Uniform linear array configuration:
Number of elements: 16
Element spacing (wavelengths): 0.5
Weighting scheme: hann
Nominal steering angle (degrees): -15
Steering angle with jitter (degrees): -14.994
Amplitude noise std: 0.05
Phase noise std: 0.05

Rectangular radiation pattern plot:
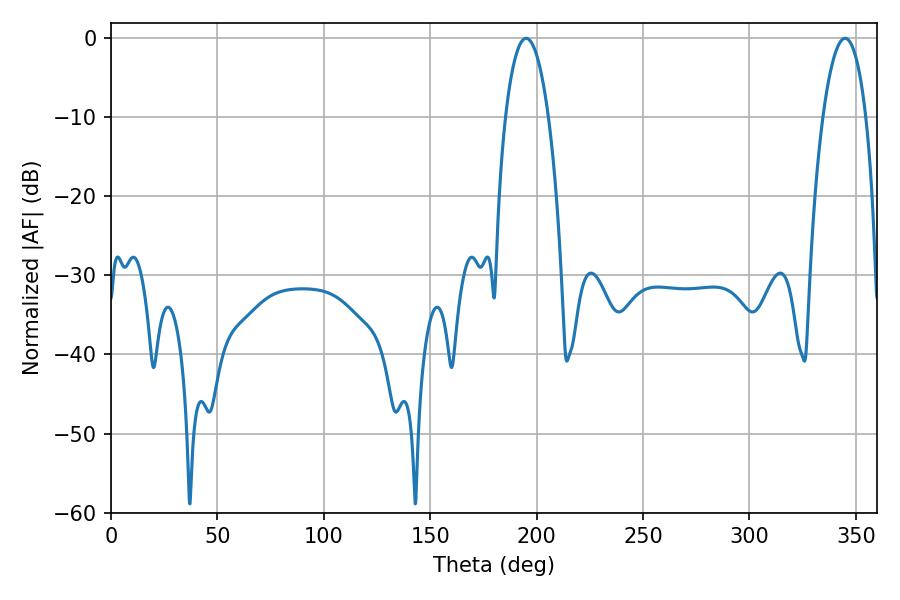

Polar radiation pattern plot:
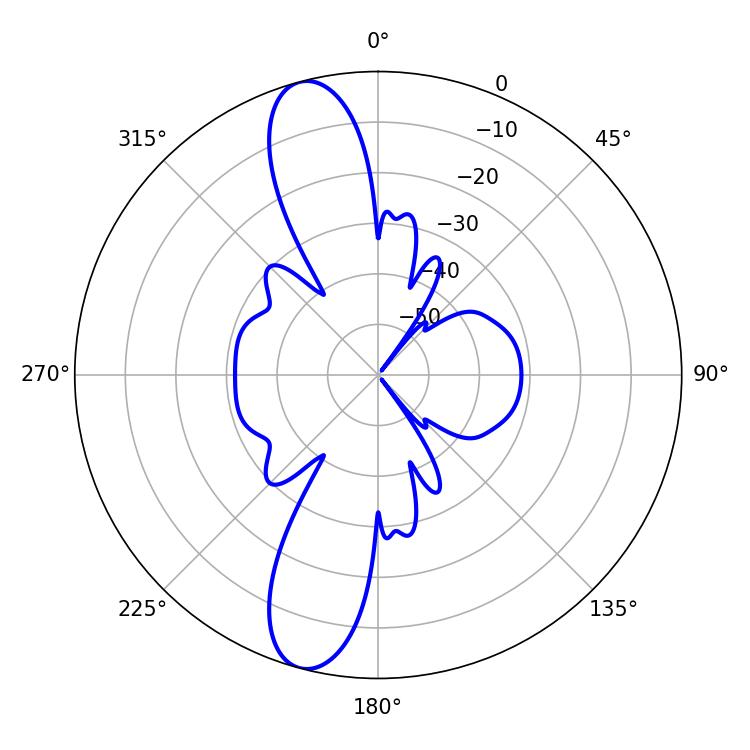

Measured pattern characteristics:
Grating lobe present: FALSE
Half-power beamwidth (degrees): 11.34
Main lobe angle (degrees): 195.12